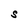
Character: S